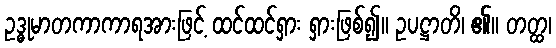
ဥဒ္ဓုမာတကာကာရအားဖြင့် ထင်ထင်ရှား ရှားဖြစ်၍။ ဥပဋ္ဌာတိ၊ ၏။ တတ္ထ၊